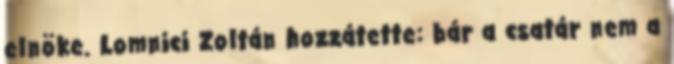
elnöke. Lomnici Zoltán hozzátette: bár a csatár nem a